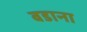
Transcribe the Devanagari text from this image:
बडाना